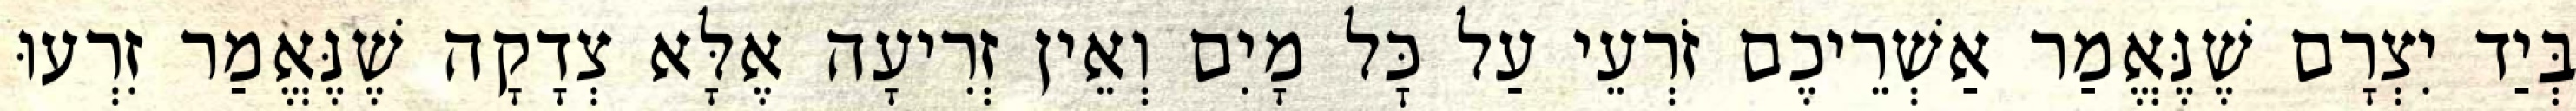
בְּיַד יִצְרָם שֶׁנֶּאֱמַר אַשְׁרֵיכֶם זֹרְעֵי עַל כׇּל מָיִם וְאֵין זְרִיעָה אֶלָּא צְדָקָה שֶׁנֶּאֱמַר זִרְעוּ